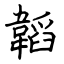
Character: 韜